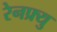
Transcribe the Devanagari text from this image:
रेनफ्र्यु